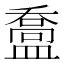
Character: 䀉